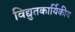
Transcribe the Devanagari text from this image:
विद्युतकार्यिकीय